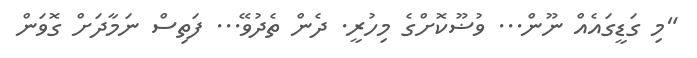
"މި ގަޑީގައެއް ނޫން... ވުޟޫކޮށްގެ މިހުރީ. ދެން ތެދުވޭ... ފަތިސް ނަމާދަށް ގޮވަން